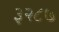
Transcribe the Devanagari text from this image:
३२८७